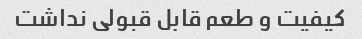
کیفیت و طعم قابل قبولی نداشت